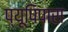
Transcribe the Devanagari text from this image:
प्यूपिपारा